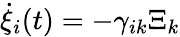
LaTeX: {\dot{\xi}}_{i}(t)=-\gamma_{ik}\Xi_{k}